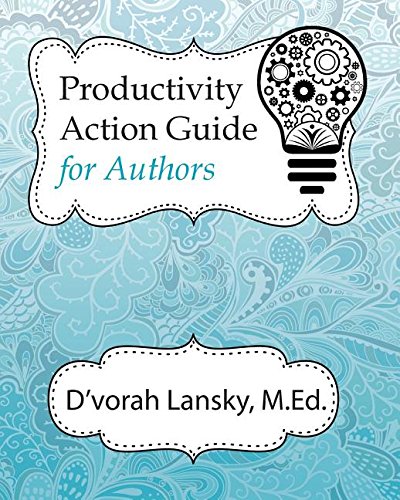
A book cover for Productivity Action Guide for Authors: 90 Days to a More Productive You; D'vorah K Lansky; Self-Help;